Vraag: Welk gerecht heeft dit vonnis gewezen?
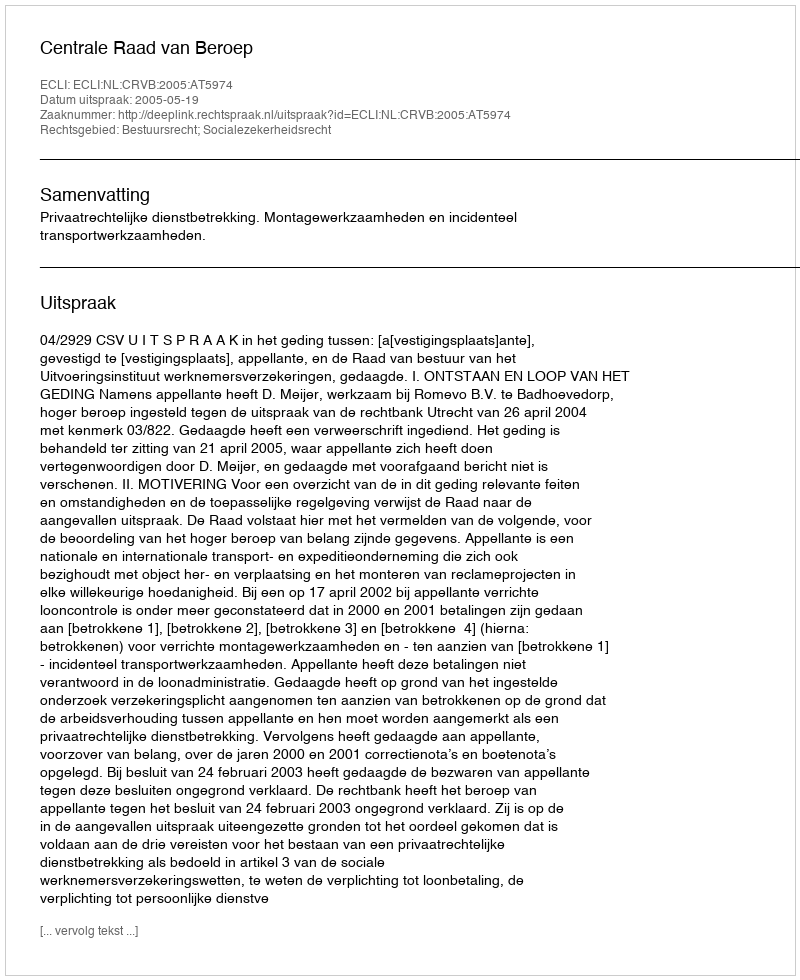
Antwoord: Centrale Raad van Beroep